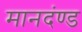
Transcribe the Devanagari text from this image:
मानदंण्ड